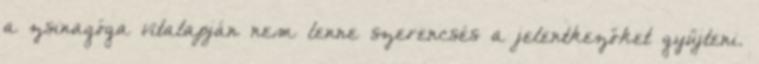
a zsinagóga vitalapján nem lenne szerencsés a jelentkezőket gyűjteni.